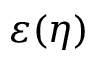
\varepsilon ( \eta )